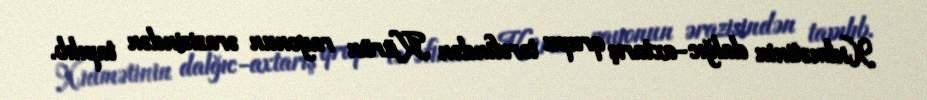
Xidmətinin dalğıc-axtarış qrupu tərəfindən Kürün rayonun ərazisindən tapılıb.